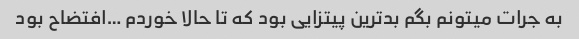
به جرات میتونم بگم بدترین پیتزایی بود که تا حالا خوردم …افتضاح بود